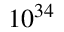
1 0 ^ { 3 4 }